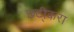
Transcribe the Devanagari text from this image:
छटी्करा